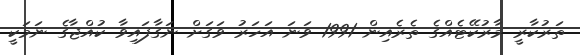
ތަރުކާރީ މާރުކޭޓެއްގެ ތެރެެއިން 1991 ވަަނަ އަހަރު ވަގަށް ނަގާފައިވާ ކުއްޖާގެ ނަމަކީ